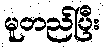
မူတည်ပြီး